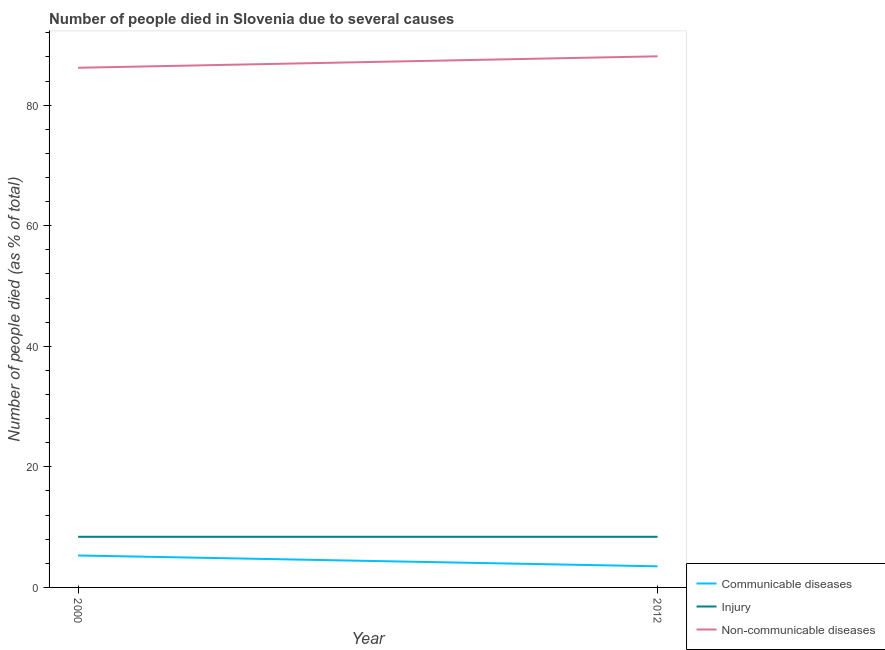
| Year | Communicable diseases | Injury | Non-communicable diseases |
 | --- | --- | --- | --- |
 | 2000 | 5.3 | 8.4 | 86.2 |
 | 2012 | 3.5 | 8.4 | 88.1 |